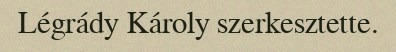
Légrády Károly szerkesztette.